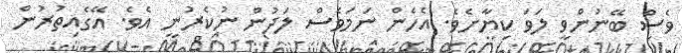
ވެސް ބޭނުންވީ ލަވަ ކިޔާށެވެ. އެހެން ނަމަވެސް ލަދުން ނުކެރުނީ އެވެ. އޭގެއިތުރުން